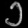
Digit: ၁